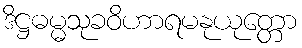
ဒိဋ္ဌဓမ္မသုခဝိဟာရမနုယုတ္တော